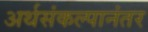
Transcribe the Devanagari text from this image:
अर्थसंकल्पानंतर